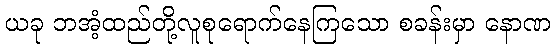
ယခု ဘအံ့ထည်တို့လူစုရောက်နေကြသော စခန်းမှာ နောဏ